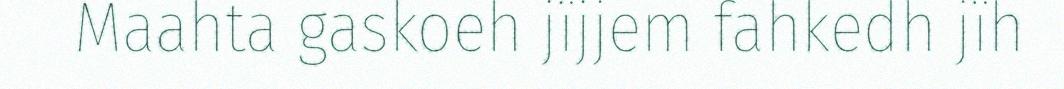
Maahta gaskoeh jïjjem fahkedh jïh